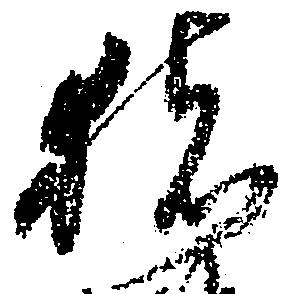
猪